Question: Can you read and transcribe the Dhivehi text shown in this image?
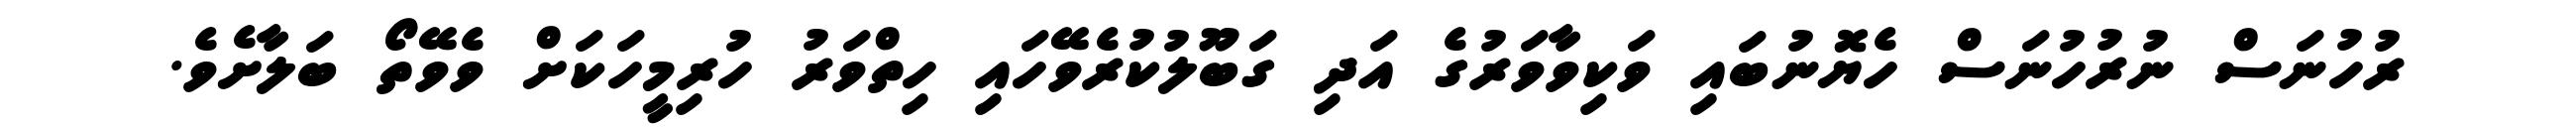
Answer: ރުހުނަސް ނުރުހުނަސް ހެޔޮނުބައި ވަކިވާވަރުގެ އަދި ގަބޫލުކުރެވޭހައި ހިތްވަރު ހުރިމީހަކަށް ވެވޭތޯ ބަލާށެވެ.